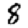
Digit: 8